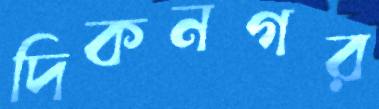
দিকনগর